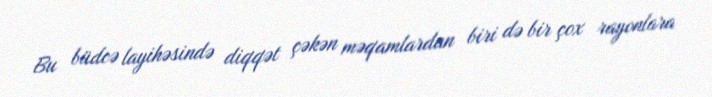
Bu büdcə layihəsində diqqət çəkən məqamlardan biri də bir çox rayonlara